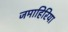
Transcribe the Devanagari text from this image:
जमाहिरिया